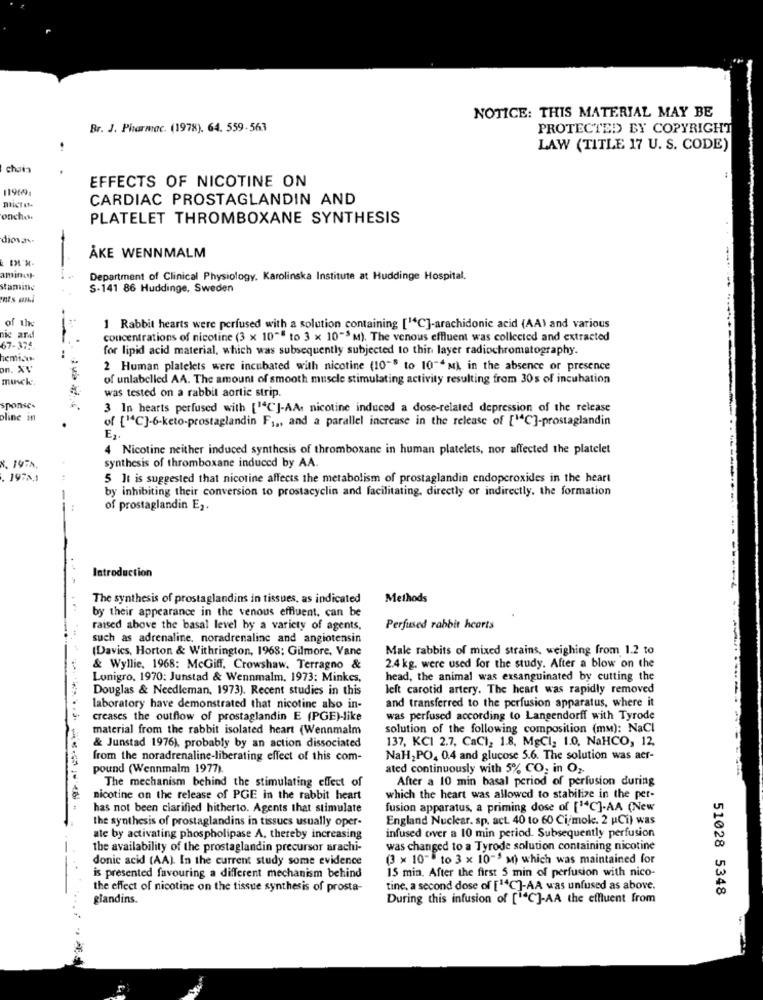
NOTICE: THIS MATERIAL MAY BE
Br. J. Pharmac. (1978). 64. 559-563
PROTECTED BY COPYRIGHT
LAW (TITLE 17 U. S. CODE)
chain
119691
EFFECTS OF NICOTINE ON
CARDIAC PROSTAGLANDIN AND
micro-
onches.
PLATELET THROMBOXANE SYNTHESIS
diovas.
ÅKE WENNMALM
minst
Department of Clinical Physiology. Karolinska Institute at Huddinge Hospital,
stamine
S-141 86 Huddinge, Sweden
of the
1 Rabbit hearts were perfused with a solution containing ["C]-arachidonic acid (AA) and various
nic and
concentrations of nicotine (3 x 10"" to 3 x 10"> M). The venous effluent was collected and extracted
67-372.
for lipid acid material, which was subsequently subjected to thin layer radiochromatography.
on. XV
2 Human platelets were incubated with nicotine (10-8 to 10"4 M), in the absence or presence
musck.
of unlabelled AA. The amount of smooth muscle stimulating activity resulting from 30s of incubation
was tested on a rabbit aortic strip.
sponse.
3 In hearts perfused with [1ªC]-AA. nicotine induced a dose-related depression of the release
oline in
of {"4C]-6-keto-prostaglandin F ;,, and a parallel increase in the release of [14C]-prostaglandin
E1.
4 Nicotine neither induced synthesis of thromboxane in human platelets, nor affected the platelet
synthesis of thromboxane induced by AA.
N. 197%.
1978,1
5 It is suggested that nicotine affects the metabolism of prostaglandin endoperoxides in the heart
by inhibiting their conversion to prostacyclin and facilitating, directly or indirectly, the formation
-
of prostaglandin E2.
Introduction
The synthesis of prostaglandins in tissues, as indicated
Methods
by their appearance in the venous effluent, can be
raised above the basal level by a variety of agents,
Perfused rabbit hearts
such as adrenaline. noradrenalinc and angiotensin
(Davics, Horton & Withrington, 1968; Gilmore, Vane
Male rabbits of mixed strains, weighing from 1.2 to
& Wyllie, 1968: McGiff. Crowshaw. Terragno &
2.4 kg. were used for the study. After a blow on the
Lonigro, 1970: Junstad & Wennmalm, 1973: Minkes,
head, the animal was exsanguinated by cutting the
Douglas & Needleman, 1973). Recent studies in this
left carotid artery. The heart was rapidly removed
and transferred to the perfusion apparatus, where it
laboratory have demonstrated that nicotine abo in-
creases the outflow of prostaglandin E (PGE)-like
was perfused according to Langendorff with Tyrode
material from the rabbit isolated heart (Wennmalm
solution of the following composition (mm): NaCl
137, KCI 2.7, CaCI, 1.8. MgCl; 1.0, NaHCO, 12,
& Junstad 1976), probably by an action dissociated
from the noradrenaline-liberating effect of this com-
NaH2 PO, 0.4 and glucose 5.6. The solution was aer-
pound (Wennmalm 1977)
ated continuously with 5% CO; in O ,-
The mechanism behind the stimulating effect of
After a 10 min basal period of perfusion during
nicotine on the release of PGE in the rabbit heart
which the heart was allowed to stabilize in the per-
has not been clarified hitherto. Agents that stimulate
fusion apparatus, a priming dose of [1C]-AA (New
the synthesis of prostaglandins in tissues usually oper-
England Nuclear. sp. act. 40 to 60 Ci/mole. 2 uCi) was
ate by activating phospholipase A, thereby increasing
infused over a 10 min period. Subsequently perfusion
the availability of the prostaglandin precursor arachi-
was changed to a Tyrode solution containing nicotine
donic acid (AA) In the current study some evidence
(3 × 10"" to 3 x 10-5 m) which was maintained for
15 min. After the first 5 min of perfusion with nico-
is presented favouring a different mechanism behind
the effect of nicotine on the tissue synthesis of prosta-
tine, a second dose of [14C]-AA was unfused as above.
51028 5348
glandins.
During this infusion of [""C]-AA the effluent from